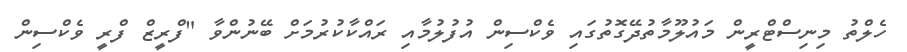
ހެލްތު މިިނިސްޓްރީން މައުލޫމާތުދޭގޮތުގައި ވެކްސިން އުފުލުމާއި ރައްކާކުރުމަށް ބޭނުންވާ "ފްރީޒް ފްރީ ވެކްސިން